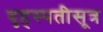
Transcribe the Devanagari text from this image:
बृहस्पतीसूत्र